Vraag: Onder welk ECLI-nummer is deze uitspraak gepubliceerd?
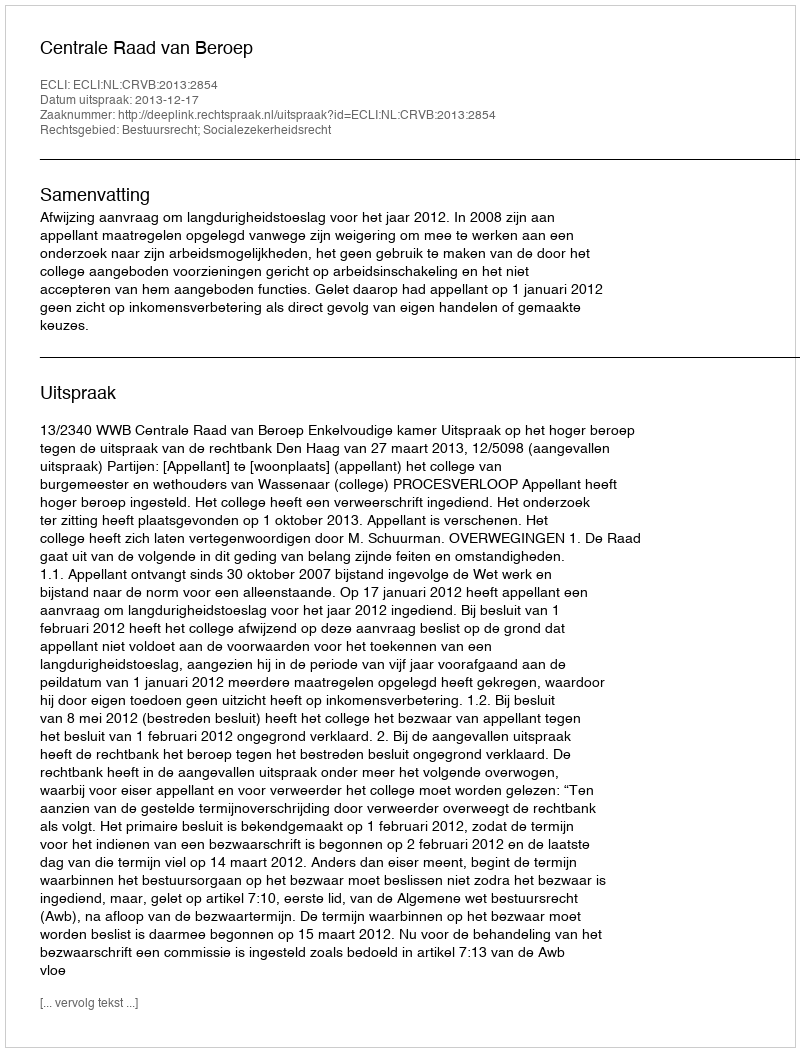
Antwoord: ECLI:NL:CRVB:2013:2854